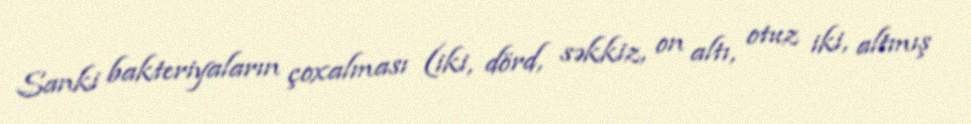
Sanki bakteriyaların çoxalması (iki, dörd, səkkiz, on altı, otuz iki, altmış